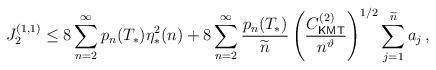
LaTeX: \begin{align*}J^{(1,1)}_2\leq 8\sum\limits_{n=2}^{\infty}p_n(T_*)\eta^2_*(n)+8\sum\limits_{n=2}^{\infty}\frac{p_n(T_*)}{\widetilde{n}}\left(\frac{C^{(2)}_{\textsf{KMT}}}{n^\vartheta}\right)^{1/2}\sum_{j=1}^{\widetilde{n}}a_j\,,\end{align*}